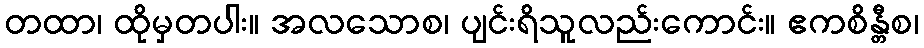
တထာ၊ ထိုမှတပါး။ အလသောစ၊ ပျင်းရိသူလည်းကောင်း။ ဧကစိန္တီစ၊